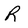
Character: R